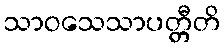
သာဝသေသာပတ္တီတိ